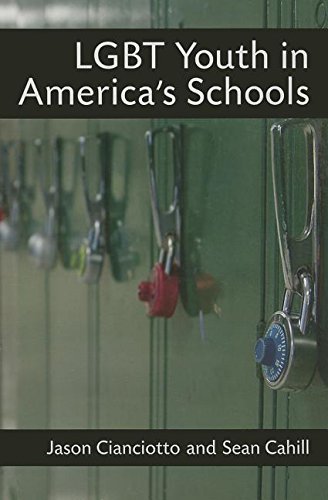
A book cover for LGBT Youth in America's Schools; Mr. Jason Cianciotto; Gay & Lesbian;